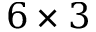
6 \times 3